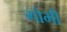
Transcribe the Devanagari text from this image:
गोमी